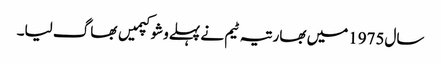
سال1975میں بھارتیہ ٹیم نے پہلےوشوکپمیں بھاگ لیا۔